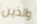
والذين